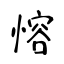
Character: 愹